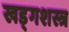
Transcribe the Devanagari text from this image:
खड्गशस्त्र